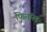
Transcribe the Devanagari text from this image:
फिनाॅल